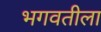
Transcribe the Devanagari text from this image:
भगवतीला